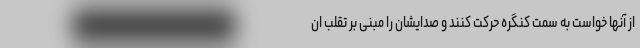
از آنها خواست به سمت کنگره حرکت کنند و صدایشان را مبنی بر تقلب ان